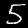
Digit: 5